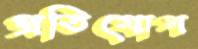
প্রতিযোগ